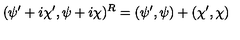
( \psi ^ { \prime } + i \chi ^ { \prime } , \psi + i \chi ) ^ { R } = ( \psi ^ { \prime } , \psi ) + ( \chi ^ { \prime } , \chi )